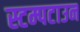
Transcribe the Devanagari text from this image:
स्टम्पटाउन